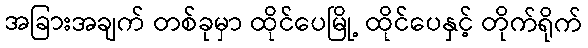
အခြားအချက် တစ်ခုမှာ ထိုင်ပေမြို့ ထိုင်ပေနှင့် တိုက်ရိုက်